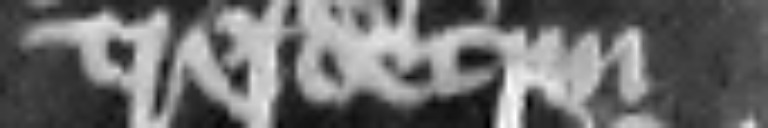
tresdecim